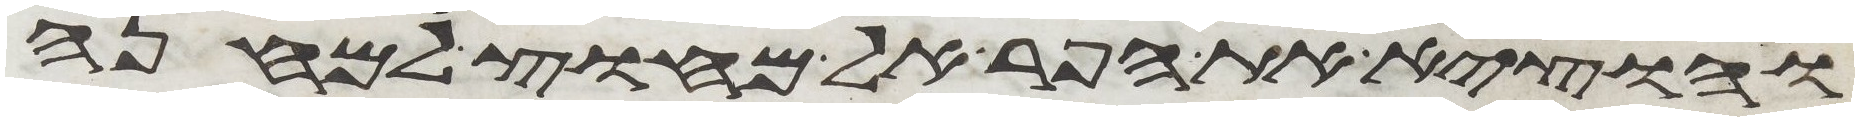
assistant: והוציא את הפר אל מחוץ למחנה